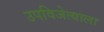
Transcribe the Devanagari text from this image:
उपविजेत्याला